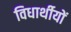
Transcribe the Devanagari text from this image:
विधार्थीयों